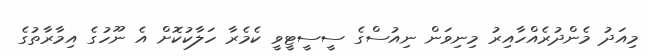
މިއަދު މެންދުރެއްހާއިރު މިނިވަން ނިއުސްގެ ސީސީޓީވީ ކެމެރާ ހަލާކުކޮށް އެ ނޫހުގެ އިމާރާތުގެ